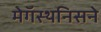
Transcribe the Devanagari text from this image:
मेगॅस्थनिसने